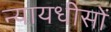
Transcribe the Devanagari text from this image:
न्यायधीसों